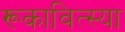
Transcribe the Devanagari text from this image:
रूकावित्स्या